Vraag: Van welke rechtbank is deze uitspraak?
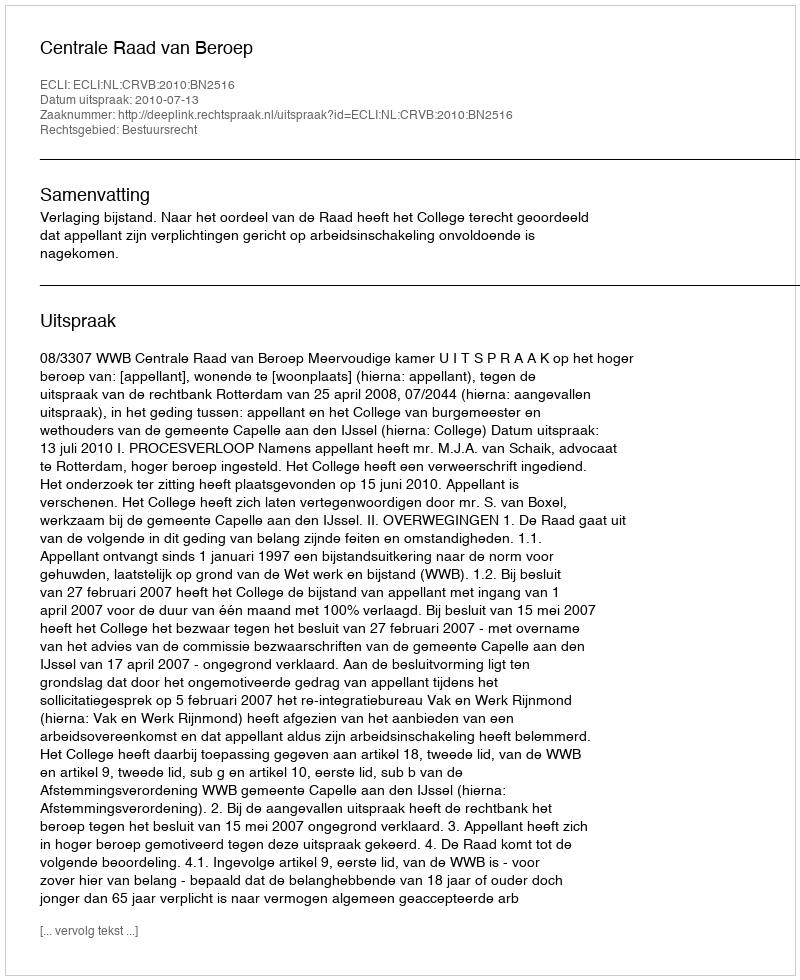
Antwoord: Centrale Raad van Beroep